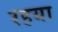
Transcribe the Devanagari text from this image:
रहया